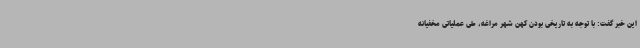
این خبر گفت: با توجه به تاریخی بودن کهن شهر مراغه، طی عملیاتی مخفیانه